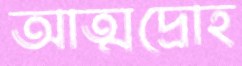
আত্মদ্রোহ